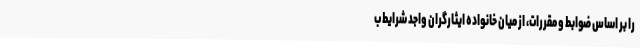
را بر اساس ضوابط و مقررات، از میان خانواده ایثارگران واجد شرایط ب